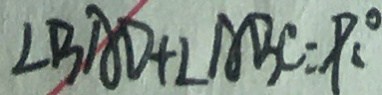
\angle B A D + \angle A B C = 9 0 ^ { \circ }